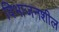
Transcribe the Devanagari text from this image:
विभाजनशील